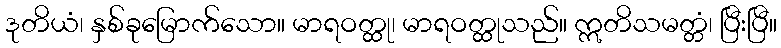
ဒုတိယံ၊ နှစ်ခုမြောက်သော။ မာရဝတ္ထု၊ မာရဝတ္ထုသည်။ ဣတိသမတ္တံ၊ ပြီးပြီ။